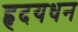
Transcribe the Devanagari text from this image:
हृदयधन